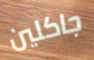
جاكلين